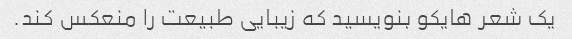
یک شعر هایکو بنویسید که زیبایی طبیعت را منعکس کند.